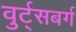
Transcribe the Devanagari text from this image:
वुर्ट्‌सबर्ग